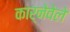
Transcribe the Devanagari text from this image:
कार्नेवेले